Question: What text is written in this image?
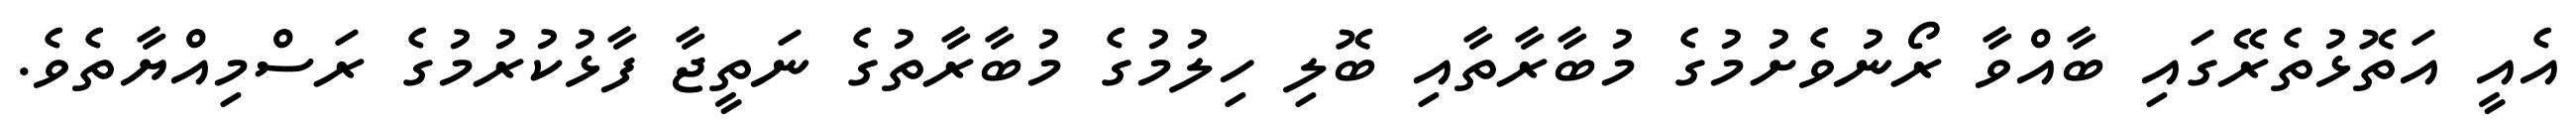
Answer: އެއީ އަތޮޅުތެރޭގައި ބާއްވާ ރޯނުވެށުމުގެ މުބާރާތާއި ބޮލި ހިލުމުގެ މުބާރާތުގެ ނަތީޖާ ފާޅުކުރުމުގެ ރަސްމިއްޔާތެވެ.